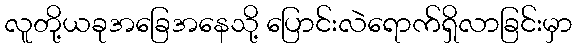
လူတို့ယခုအခြေအနေသို့ ပြောင်းလဲရောက်ရှိလာခြင်းမှာ